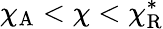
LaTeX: \chi_{\mathrm{A}}<\chi<\chi_{\mathrm{R}}^{*}